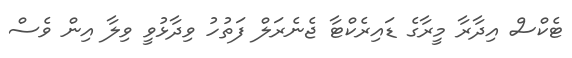
ޓެކްސް އިދާރާ މީރާގެ ޑައިރެކްޓާ ޖެނެރަލް ފަތުހު ވިދާޅުވީ ވިލާ އިން ވެސް